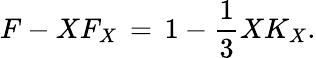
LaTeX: F-XF_{X}\, =\, 1-\frac{1}{3}XK_{X}.